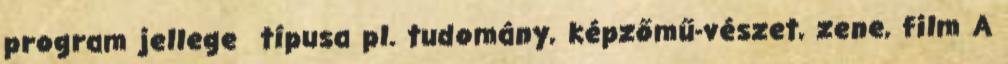
program jellege típusa pl. tudomány, képzőmű-vészet, zene, film A